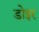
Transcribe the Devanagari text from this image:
डोइर